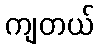
ကျတယ်